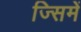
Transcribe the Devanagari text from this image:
ज्सिमें